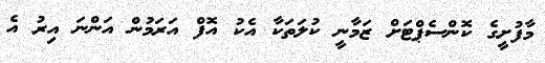
މާފުށީގެ ކޮންސެޕްޓަށް ޒަމާނީ ކުލަތަކާ އެކު އޮފް އަރަމުން އަންނަ އިރު އެ